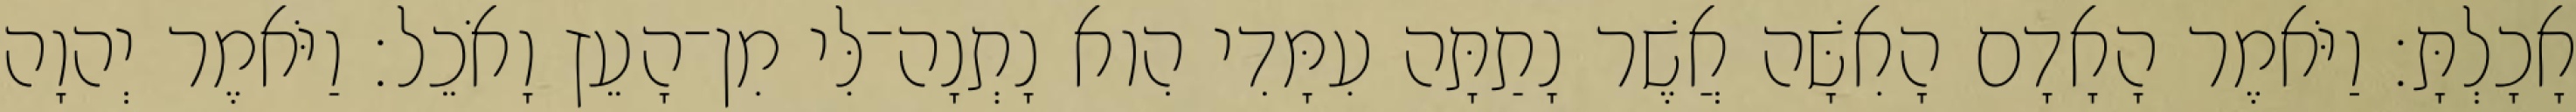
אָכָלְתָּ׃ וַיֹּאמֶר הָאָדָם הָאִשָּׁה אֲשֶׁר נָתַתָּה עִמָּדִי הִוא נָתְנָה־לִּי מִן־הָעֵץ וָאֹכֵל׃ וַיֹּאמֶר יְהוָה